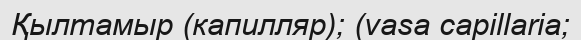
Қылтамыр (капилляр); (vasa capillaria;